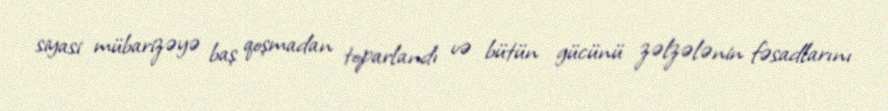
siyasi mübarizəyə baş qoşmadan toparlandı və bütün gücünü zəlzələnin fəsadlarını